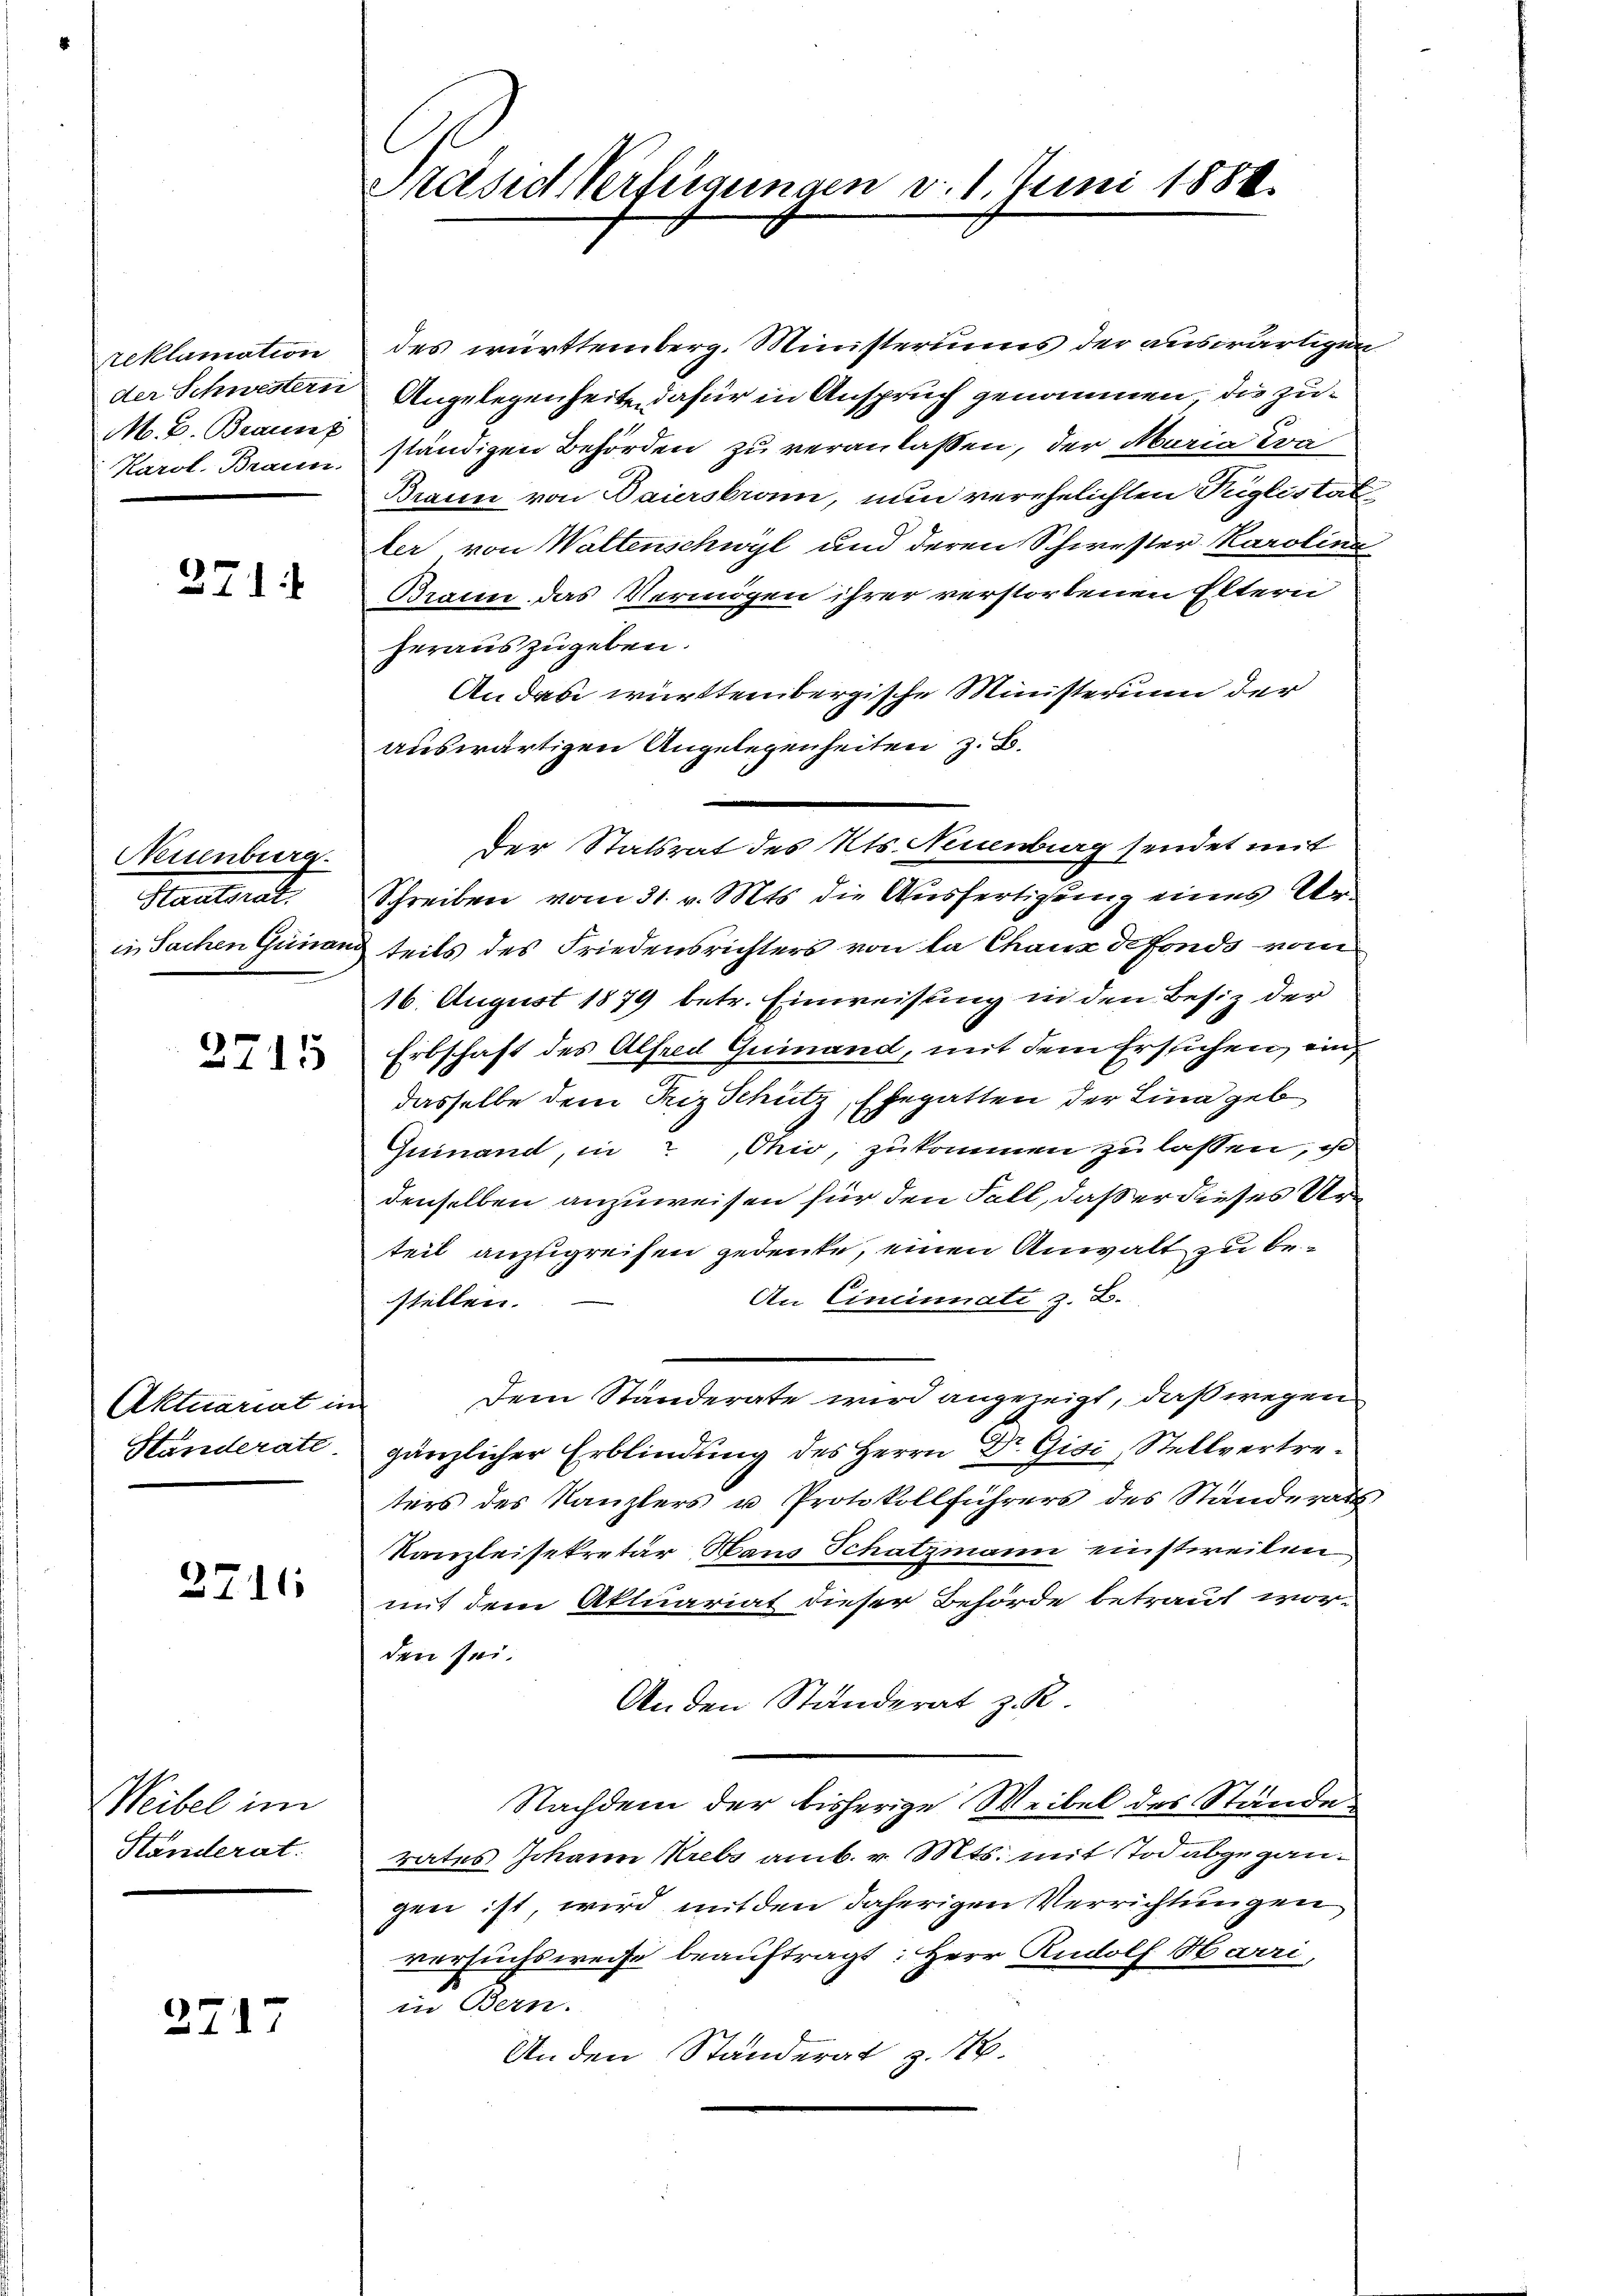
reklamation
der Schwestern
M. B. Braunz
Karol. Braun.

371 f

Neuenburg.
Hautant
in Sachen Gesand

3715

Aktuariat im
Handerate

2716

Weibel im
Ständerat.

2717

Prasie Verfügungen v. 1. Juni 1888.

des württemberg. Ministerius der auswärtigun
Angelegenheite dafür in Anspruch genommen, die zuständigen Behörden zu veranlassen, der Maria Tra
Braun von Baiersbrunn, nun verehelichten Teiglistatler von Waltenschwyl und deren Schwester Karolina
Braun das Vermögen ihrer verstorbenen Eltern
herauszugeben.
Anden württembergische Ministerium der
auswärtigen Angelegenheiten z. B.
Der Statsrat des Kts. Neuenburg sendet mit
Schreiben vom 31. v. Mts. die Ausfertigung eines Urteils des Friedensrichters von la Chaux de fonds vom
16. August 1879 betr. Einweisung in den Besiz der
Erbschaft des Alfred Quinand, mit dem Erstichen, ein
dasselbe dem Friz Schütz, Ehegatten der Lina geb
Guinand, in Ohio, zukommen zu lassen, e
denselben anzuweisen für den Fall, daß er dieses Urteil anzugreifen gedeute, einen Anwalt zu be¬
An Cincinnati z. B.
stellen.
Dem Ständerate wird angezeigt, daß wegen
gänzlicher Erblindung des Herrn Dr. Gisi, Stellvertreters des Kanzlers u. Protokollführers des Standerath
Kanzleisekretär, Haus Schatzmann einstweilen,
mit dem Aktuariat dieser Behörde betraut wor-
den sei.
Anden Ständerat z. R.
Nachdem der bisherige Weibel des Stände
rates Johann Krebs amb. v. Mts. mit Tod abgegangen ist, wird mit den daherigen Verrichtungen
versuchsweise beauftragt: Herr Rudolf Harri,
in Bern.
An den Standerat z. 16.